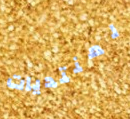
لمنتديات